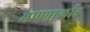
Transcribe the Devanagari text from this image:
मण्णार्काड